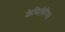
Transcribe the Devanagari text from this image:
केपिलेरिया